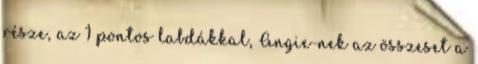
része, az 1 pontos labdákkal, Angie-nek az összeset a